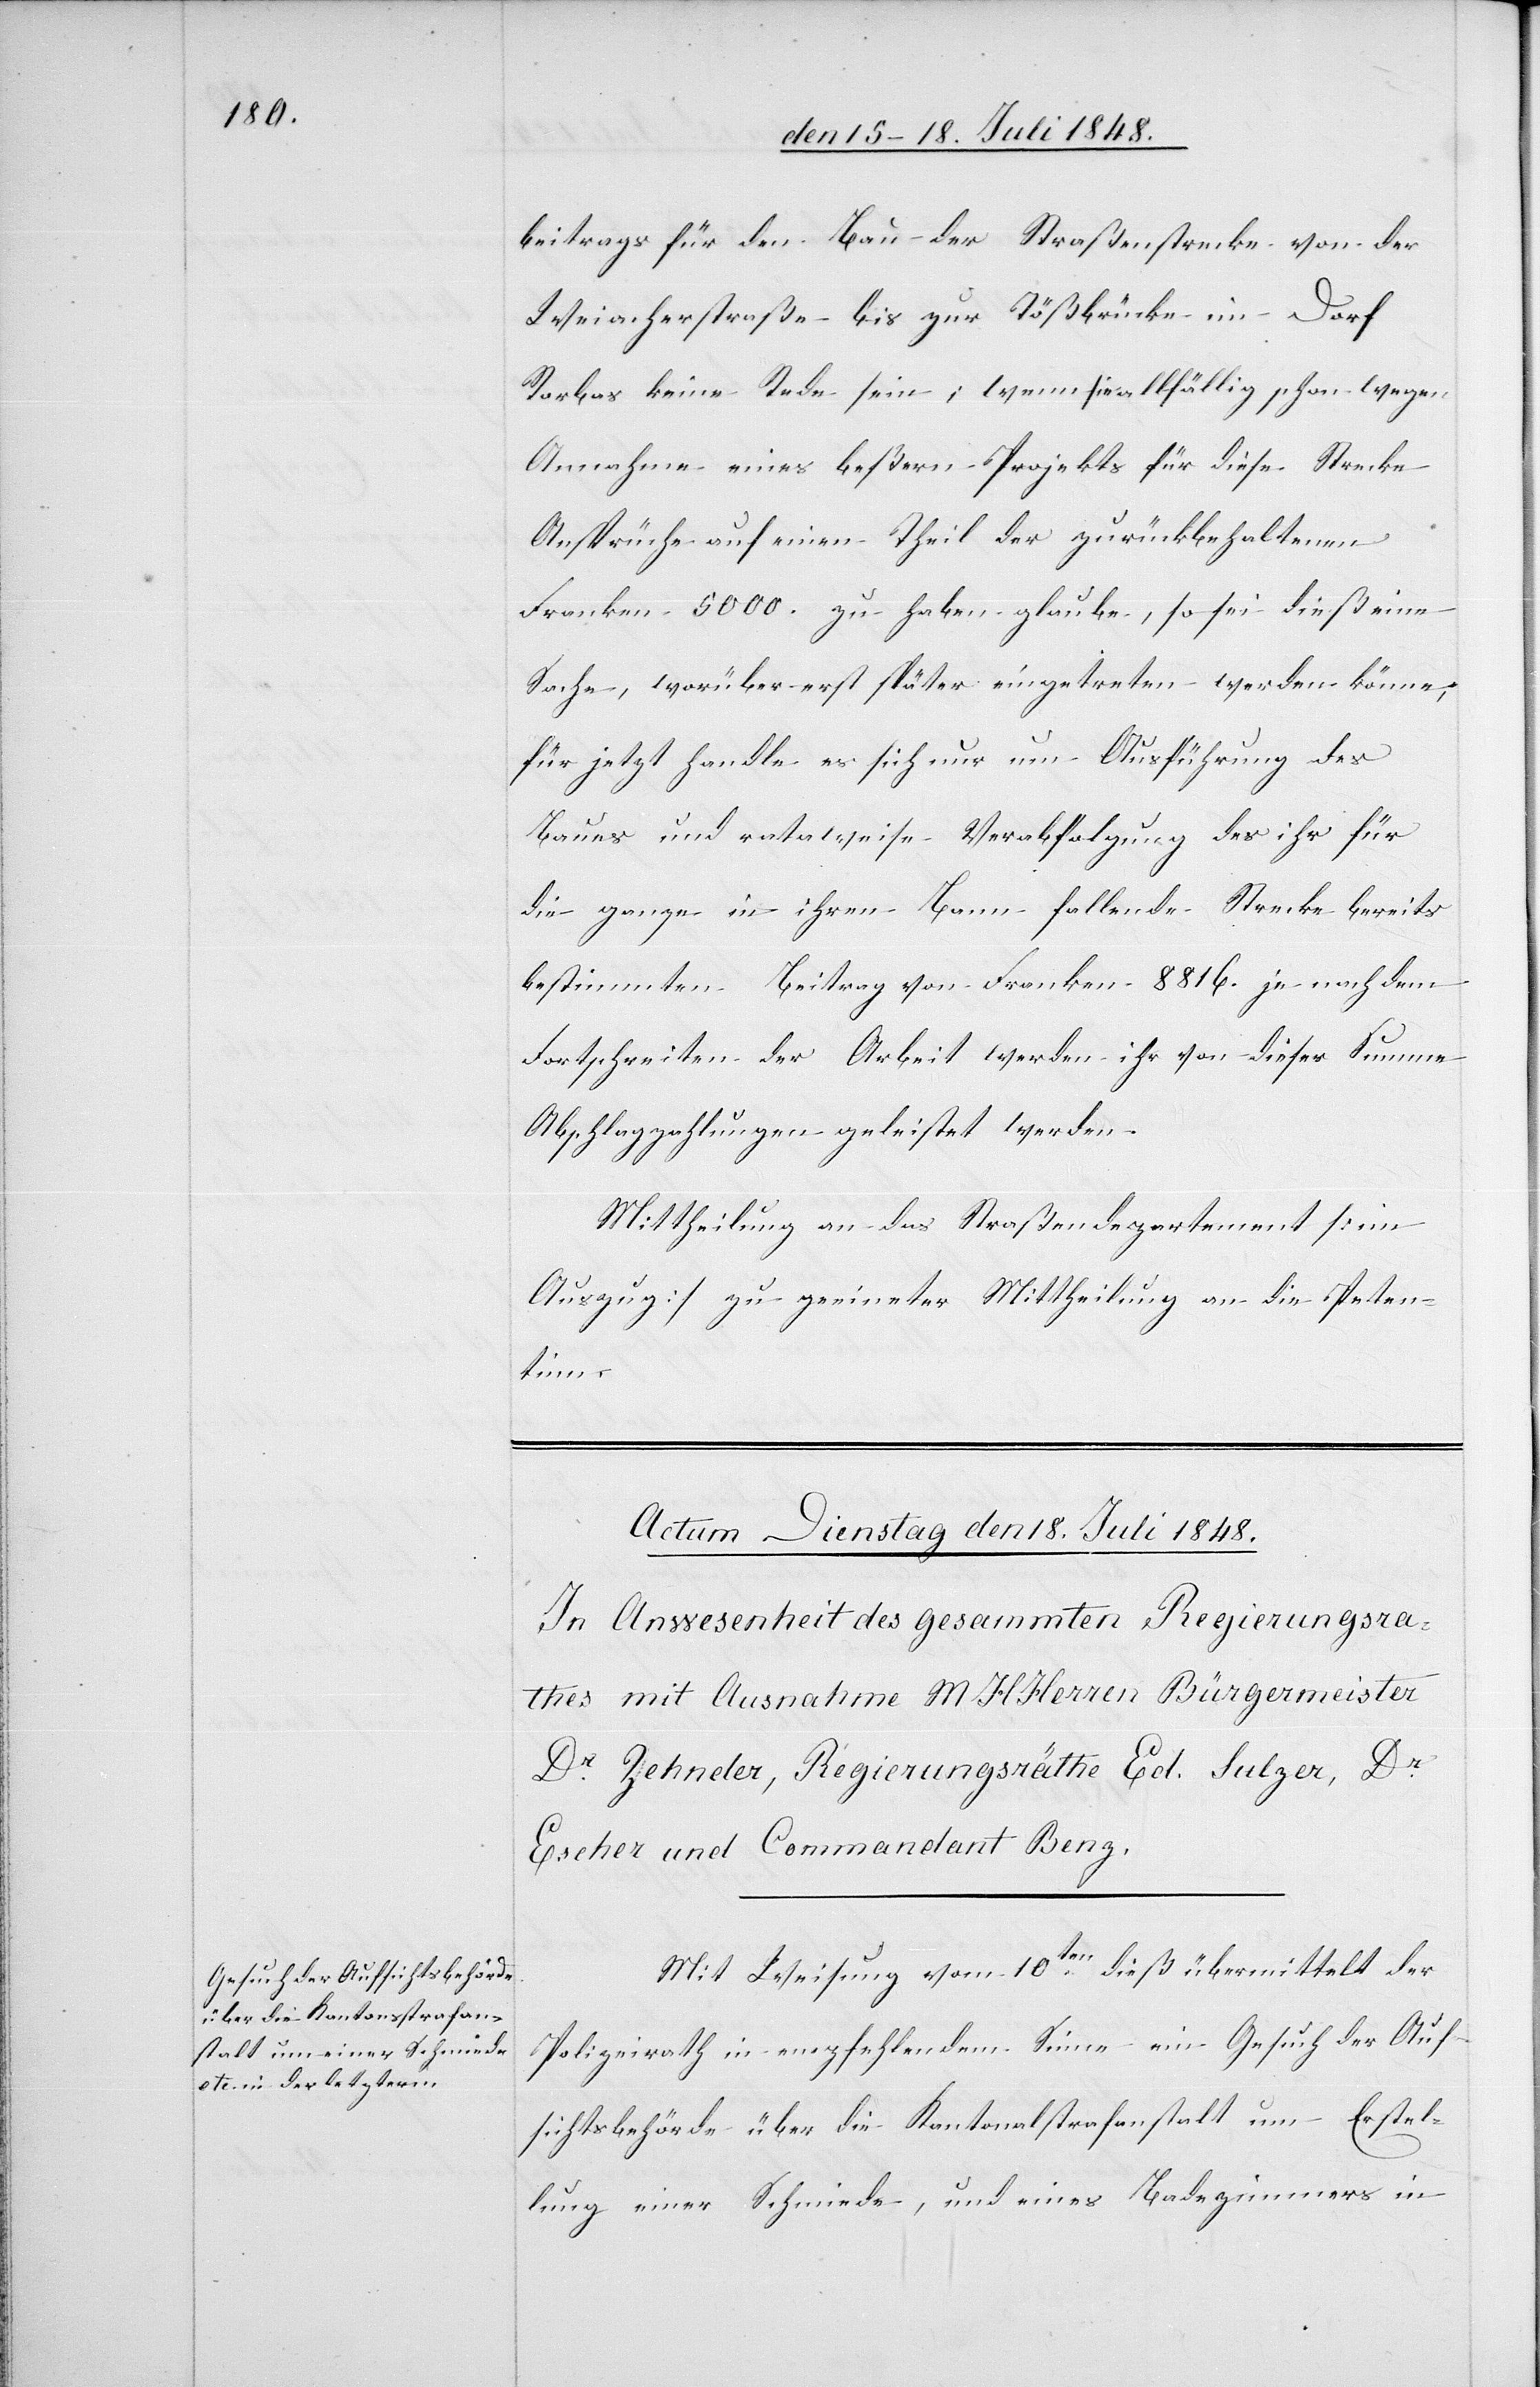
beitrags für den Bau der Straßenstrecke von der
Weiacherstraße bis zur Tößbrücke im Dorf
Rorbas keine Rede sein; wenn sie allfällig schon wegen
Annahme eines beßern Projekts für diese Strecke
Ansprüche auf einen Theil der zurückbehaltenen
Franken 5000. zu haben glaube, so sei dieß eine
Sache, worüber erst später eingetreten werden könne,
für jetzt handle es sich nur um Ausführung des
Baues und rataweise Verabfolgung des ihr für
die ganze in ihren Bann fallende Strecke bereits
bestimmten Beitrag von Franken 8816. je nach dem
Fortschreiten der Arbeit werden ihr von dieser Summe
Abschlagzahlungen geleistet werden.
Mittheilung an das Straßendepartement [im
Auszug] zu geeigneter Mittheilung an die Peten¬
tinn.
Mit Weisung vom 10ten dieß übermittelt der
Polizeirath in empfehlendem Sinne ein Gesuch der Auf¬
sichtsbehörde über die Kantonalstrafanstalt um Erstel¬
lung einer Schmiede, und eines Badezimmers in